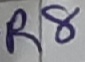
Text: R8